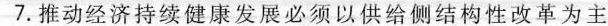
7.推动经济持续健康发展必须以供给侧结构性改革为主